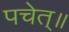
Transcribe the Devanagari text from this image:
पचेत्॥